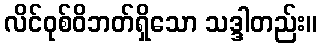
လိင်ဝုစ်ဝိဘတ်ရှိသော သဒ္ဒါတည်း။